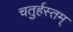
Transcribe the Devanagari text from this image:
चतुर्हस्तम्